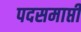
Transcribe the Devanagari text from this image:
पदसमाप्ती